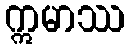
ဣမာဿ